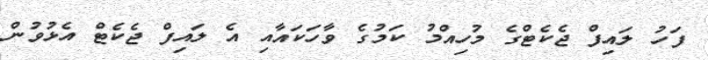
ފަހު ލައިފް ޖެކެޓްގެ މުހިއްމު ކަމުގެ ވާހަކައާއި އެ ލައިފް ޖެކެޓް އެޅުވުން